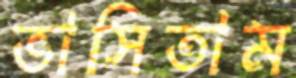
ভাসিতাম